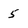
Character: 5